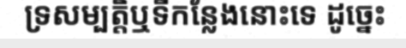
ទ្រសម្បត្តិឬទីកន្លែងនោះទេ ដូច្នេះ